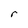
Character: r